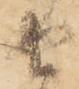
由